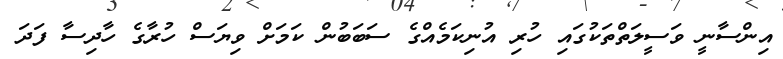
އިންސާނީ ވަސީލަތްތަކުގައި ހުރި އުނިކަމެއްގެ ސަބަބުން ކަމަށް ވިޔަސް ހުރާގެ ހާދިސާ ފަދަ